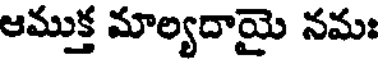
ఆముక్త మాల్యదాయై నమః